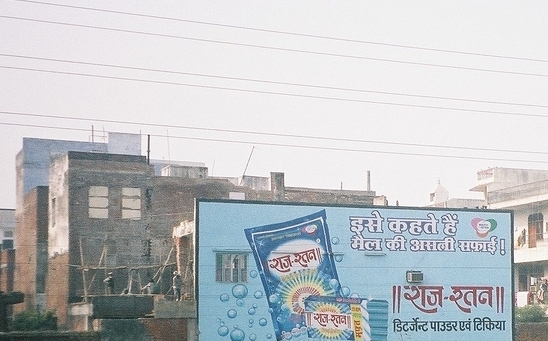
Language: hindi
Transcription: सफई ! राज - रतन || टिकिया इसे कहते मैल की असली राज पाउडर एवं रतन || डिटर्जेन्ट हैं